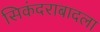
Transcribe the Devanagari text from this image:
सिकंदराबादला